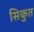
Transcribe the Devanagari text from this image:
सिकुत